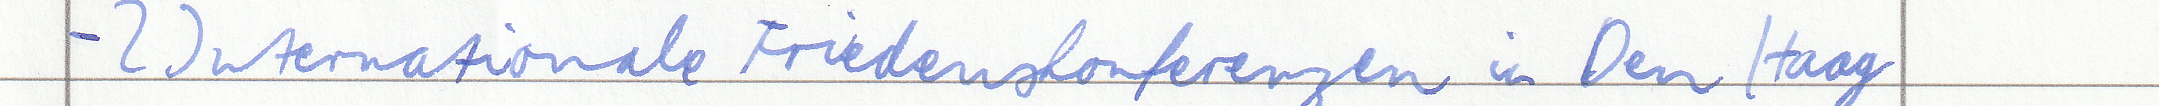
- 2 Internationale Friedenskonferenzen in Den Haag